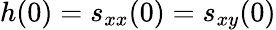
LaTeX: h(0)=s_{xx}(0)=s_{xy}(0)